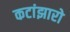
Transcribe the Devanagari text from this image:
कटांझारो